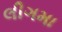
લીગમા